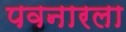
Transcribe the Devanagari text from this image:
पवनारला